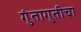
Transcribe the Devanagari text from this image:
गुंतागुतीचा